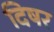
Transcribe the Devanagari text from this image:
दिषर